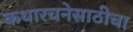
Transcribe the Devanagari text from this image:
कथारचनेसाठीचा